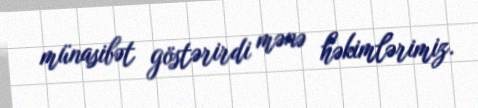
münasibət göstərirdi mənə həkimlərimiz.